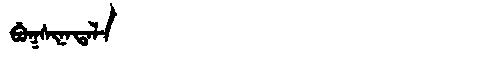
Manchu: ᠪᡠᡴᠰᡳᠨᠠᡨᠠᠯᠠ
Romanization: BUKSINATALA